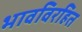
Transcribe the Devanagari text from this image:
भावविरहित